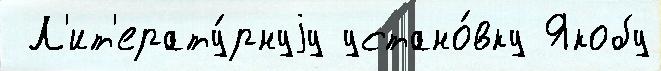
 Л'ит'ерату́рнуjу устано́вку Якобу